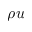
\rho u